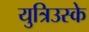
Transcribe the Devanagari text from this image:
युत्रिउस्के